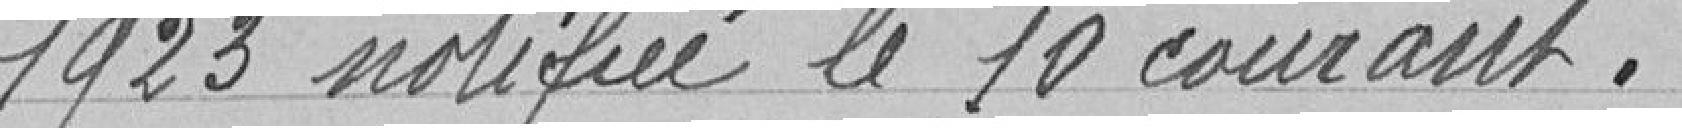
1923 notifiée le 10 courant.